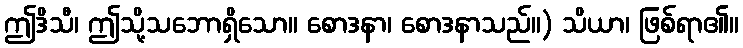
ဤဒိသီ၊ ဤသို့သဘောရှိသော။ စောဒနာ၊ စောဒနာသည်။) သိယာ၊ ဖြစ်ရာ၏။